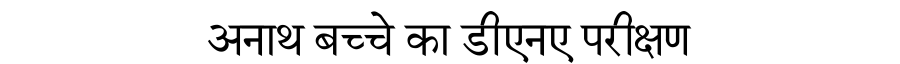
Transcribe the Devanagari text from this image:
अनाथ बच्चे का डीएनए परीक्षण